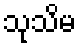
သုသိမ